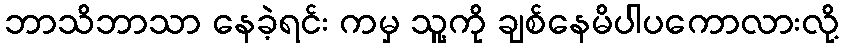
ဘာသိဘာသာ နေခဲ့ရင်း ကမှ သူ့ကို ချစ်နေမိပါပကောလားလို့